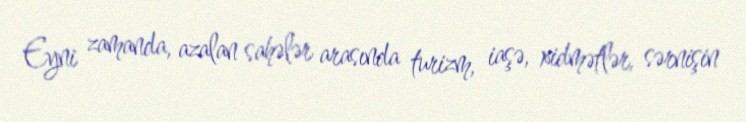
Eyni zamanda, azalan sahələr arasında turizm, iaşə, xidmətlər, sərnişin